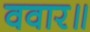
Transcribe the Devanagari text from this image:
ववार॥